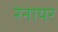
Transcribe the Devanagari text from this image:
रेनायर